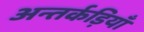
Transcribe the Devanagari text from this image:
अन्तर्कड़ियाँ